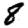
Digit: 8